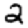
Digit: 2